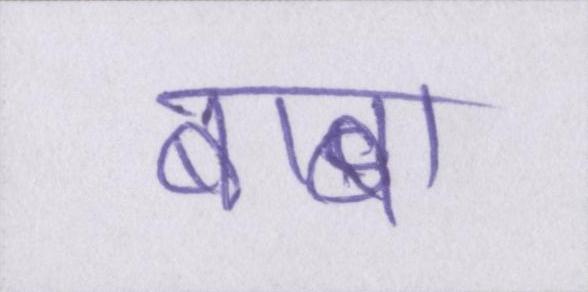
बाबा